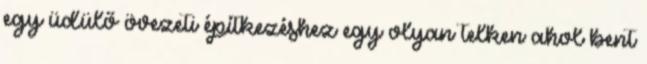
egy üdülő övezeti építkezéshez egy olyan telken ahol bent